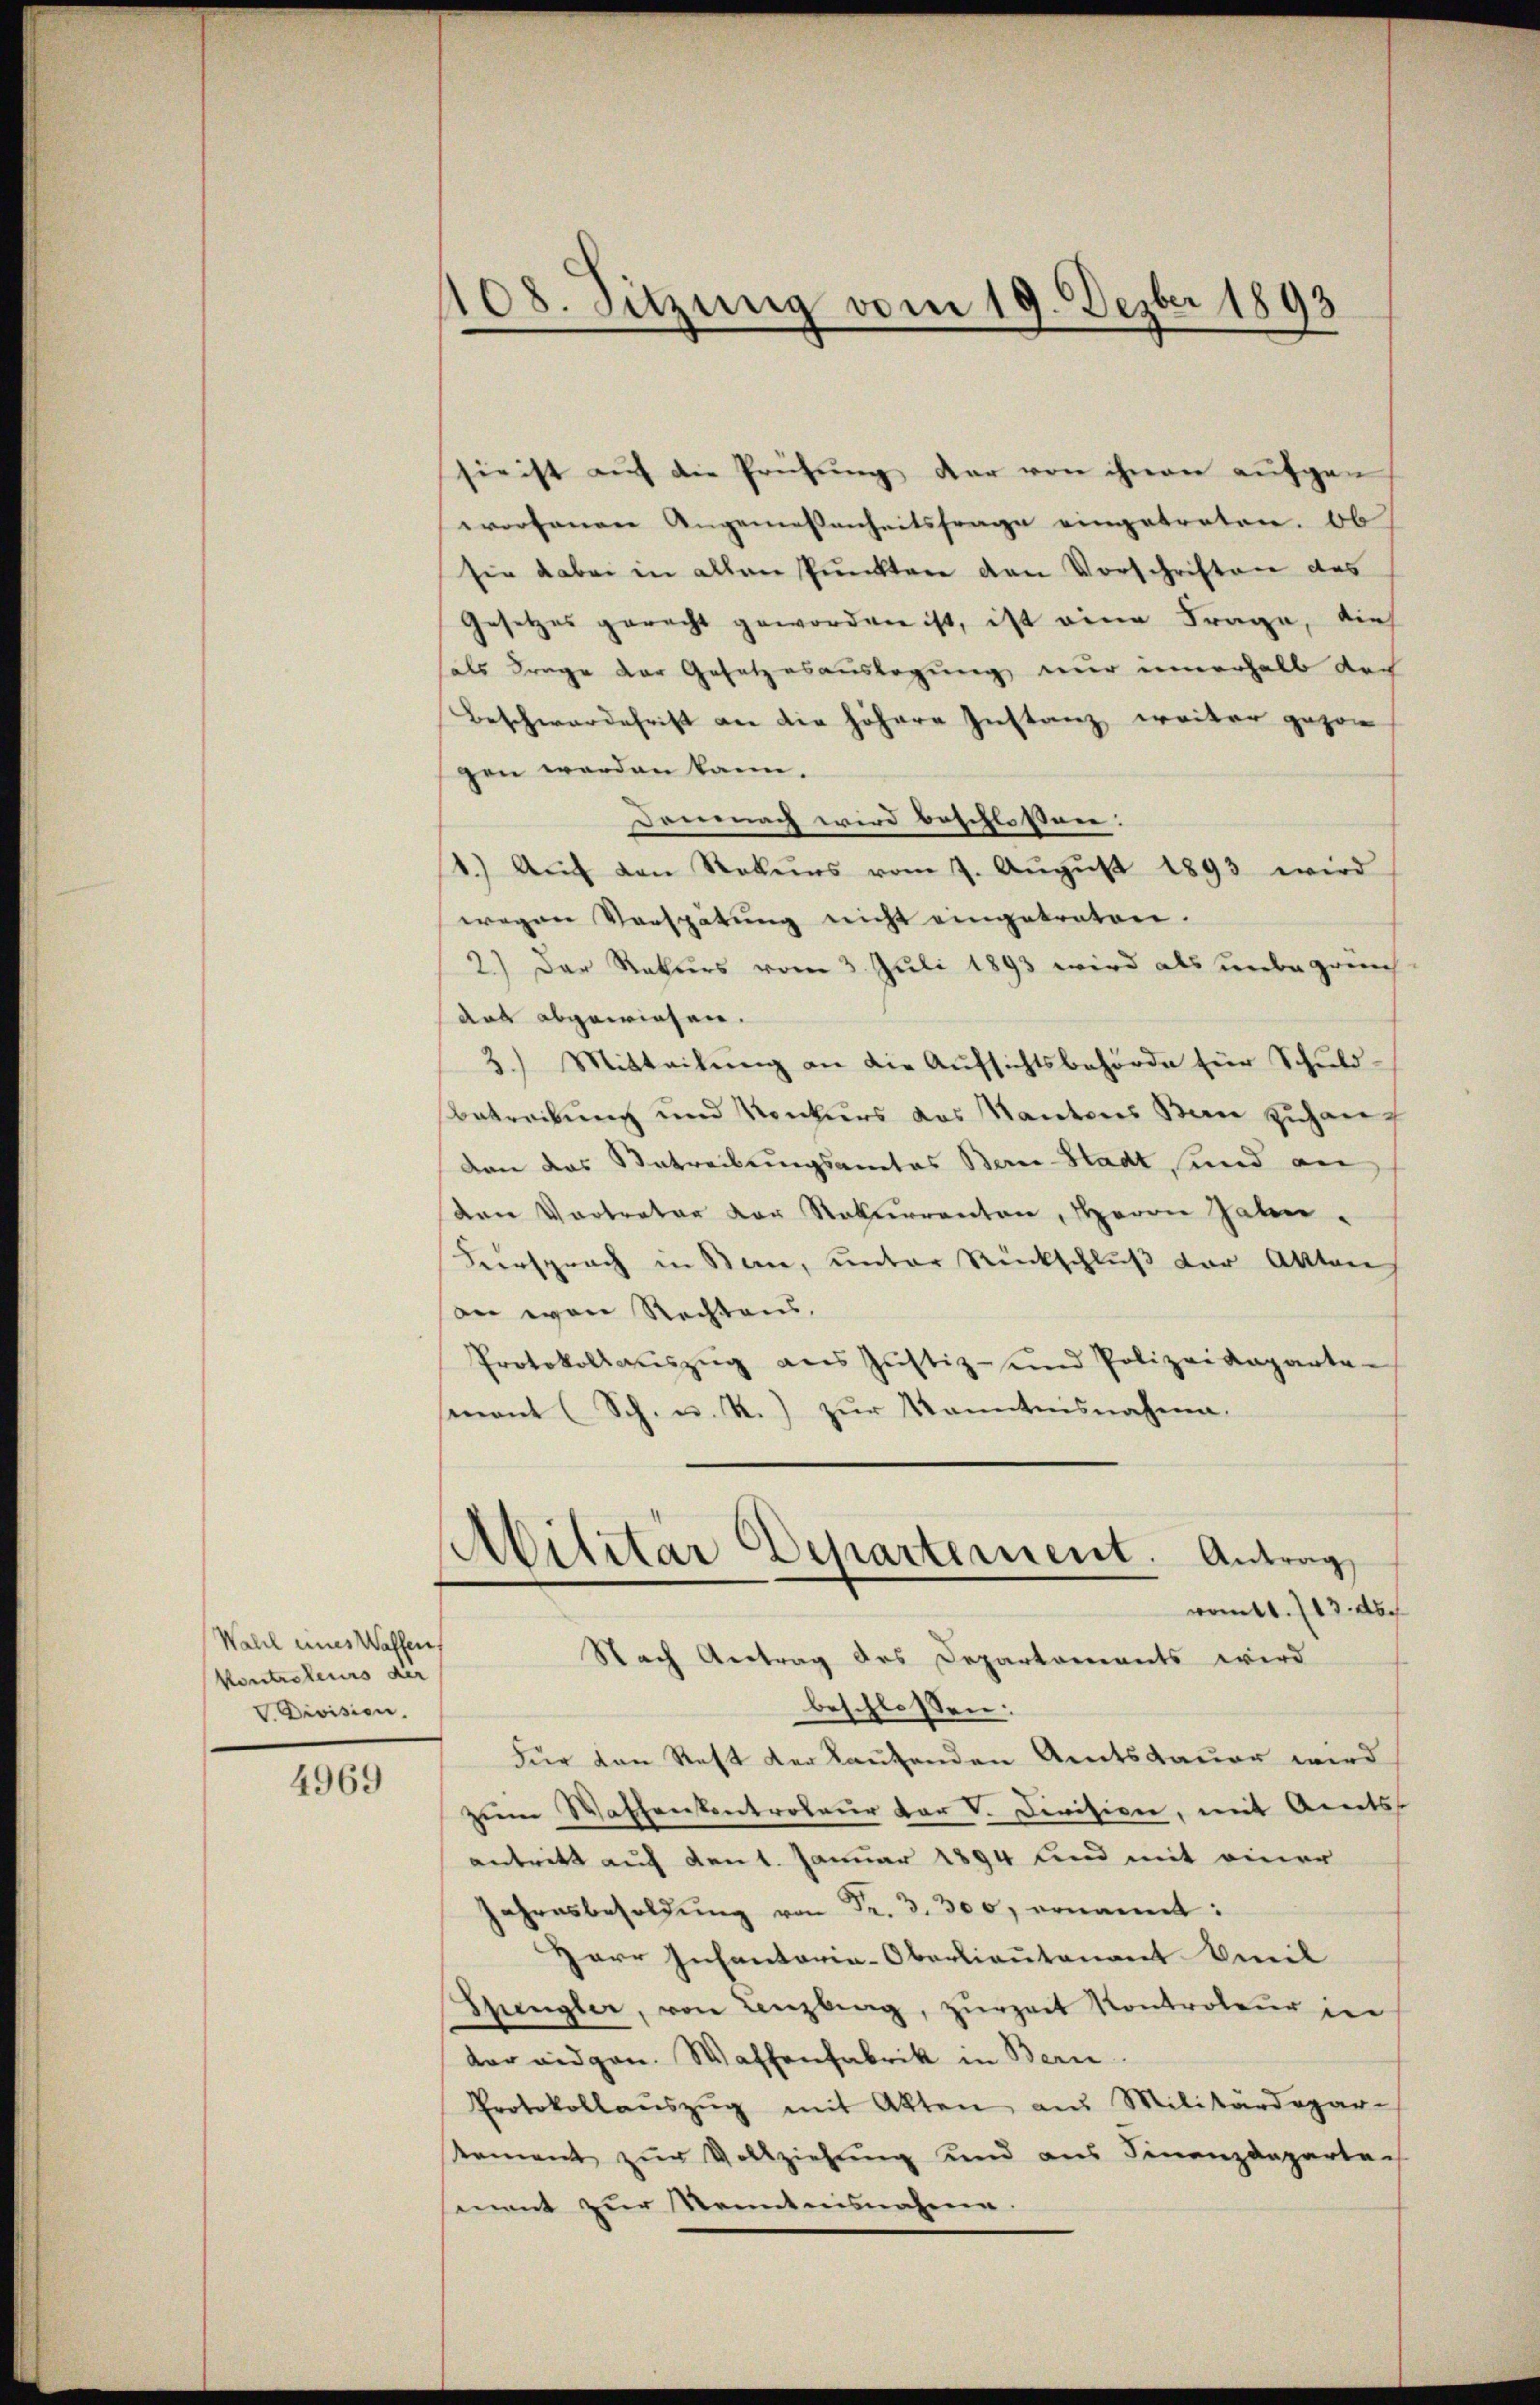
Wahl eines Waffen
Kontreteurs der
Division.

4969

08. Sitzung vom 19. Dezbr 1893

sie ist auf die Prüfung der von ihnen aufgen
worfenen Angemessenheitsfrage eingetreten. Ob
sie dabei in allen Punkten den Vorschriften des
Gesetzes gerecht geworden ist, ist eine Frage, dies
als Frage der Gesetzesauslegung nur innerhalb doch
Beschwerdefrist an die höhere Instanz weiter gezo
gen werden kann.
Demnach wird beschlossen:
1.) Auch von Rekŭrs vom 7. Aŭgŭst 1893 wird
wegen Vorspatŭng nicht eingetreten.
2.) Der Rekurs vom 3. Juli 1893 wird als unbegründ
das abgewiesen.
3.) Mitteilung an die Aufsichtsbehörde für Schuldbetreibung und Konkurs das Kantons Bern zuhang
von das Antreibungsantes Bern-Stadt und an
den Vertreter der Rekurrenten, Herrn Zahn-
Heersprach in Bern, unter Rückschluß der Aktarech
dn war Rechtens,
Protokollaŭszŭg ans Jŭstiz- und Polizeideparte-
mnant (Sch. u. R.) zur Kenntnisnahme.

bilitär Departement. Antrag,
wont. 13. d.
Nach Antrag des Departements wird

beschlossen:
Für den Rest der kaufenden Amtsdauer wird
zum Waffenstentroleur der V. Divisiven, mit Arnets
antritt auf den 1. Januar 1894 und mit einer
Jahresbesoldŭng von Fr. 3. 300, ernannt:
Herr Infantaria-Oberlieutenant beeil
Gungler, von Lenzberg, zŭrzeit Kontroleur in
der eidgen. Waffenfabrik in Bern
Protokollaŭszŭg mit Akten aus Militärdepar-
Nament zŭr Vollziehŭng und ans Finanzdeparta-
mant zur Kenntnisnahme.